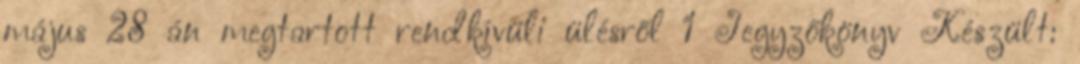
május 28 án megtartott rendkívüli ülésről 1 Jegyzőkönyv Készült: